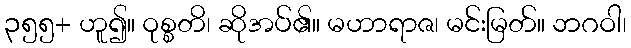
၃၅၅+ ဟူ၍။ ဝုစ္စတိ၊ ဆိုအပ်၏။ မဟာရာဇ၊ မင်းမြတ်။ ဘဂဝါ၊